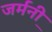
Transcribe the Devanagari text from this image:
जर्मनी़